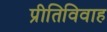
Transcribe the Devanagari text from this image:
प्रीतिविवाह